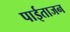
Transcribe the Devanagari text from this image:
पाईताजन